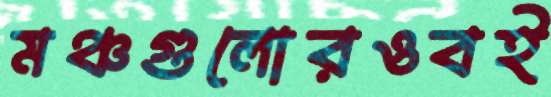
মঞ্চগুলোরওবই